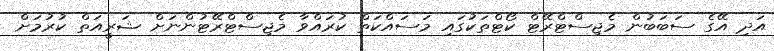
އަދި އޭގެ ސަބަބުން މެޖިސްޓްރޭޓް ކޯޓްތަކުގައި މަސައްކަތް ކުރައްވާ މެޖިސްޓްރޭޓުންނަށް ޝަރީއަތް ކުރުމަށް